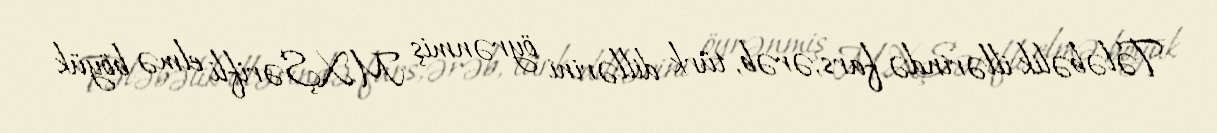
Tələbəlik illərində fars, ərəb, türk dillərini öyrənmiş M.X.Şərifli elmə böyük